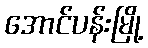
အောင်ပန်းမြို့